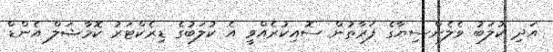
އަދި ކުލަބު ވެލެންސިޔާގެ ފަރާތުން ސޮއިކުރެއްވީ އެ ކުލަބުގެ ޑިރެކްޓަރު ކޮމާޝަލް އެންޑް